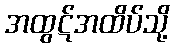
အထွဋ်အထိပ်သို့